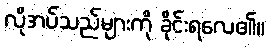
လိုအပ်သည်များကို ခိုင်းရလေ၏။